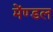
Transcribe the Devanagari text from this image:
मेंण्डल